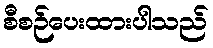
စီစဉ်ပေးထားပါသည်